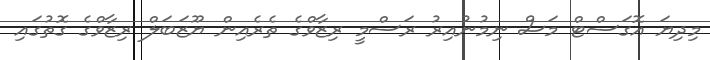
މިދިޔަ އޮގަސްޓް މަސް ނިމުނުއިރު ރަސްމީ ރިޒާވްގެ ތެރެއިން ޔޫޒަބަލް ރިޒާވްގެ ގޮތުގައި